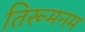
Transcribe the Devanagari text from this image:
तिरूमनम